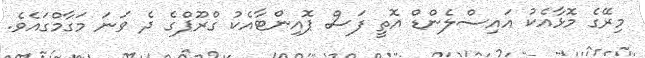
މިރޭގެ މޮޅާއެކު އައިސްލެންޑް އޮތީ ފަސް ޕޮއިންޓާއެކު ގްރޫޕްގެ ދެ ވަނަ މަގާމްގައެވެ.